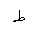
Letter: _da